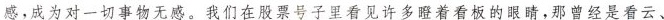
感，成为对一切事物无感。我们在股票号子里看见许多瞪着看板的眼睛，那曾经是看云、